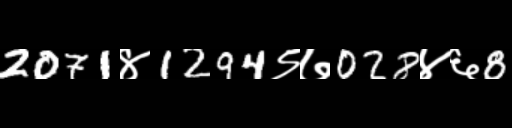
Text: 2071४1294९७028४६8